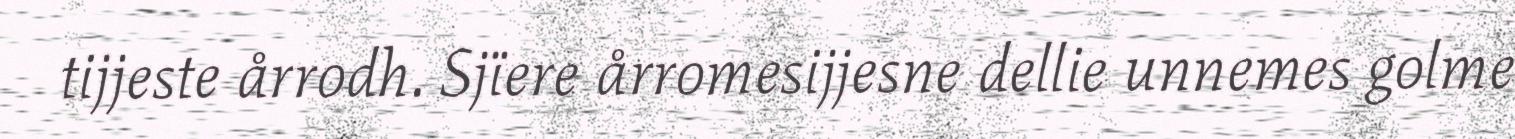
tijjeste årrodh. Sjïere årromesijjesne dellie unnemes golme